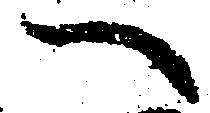
へ